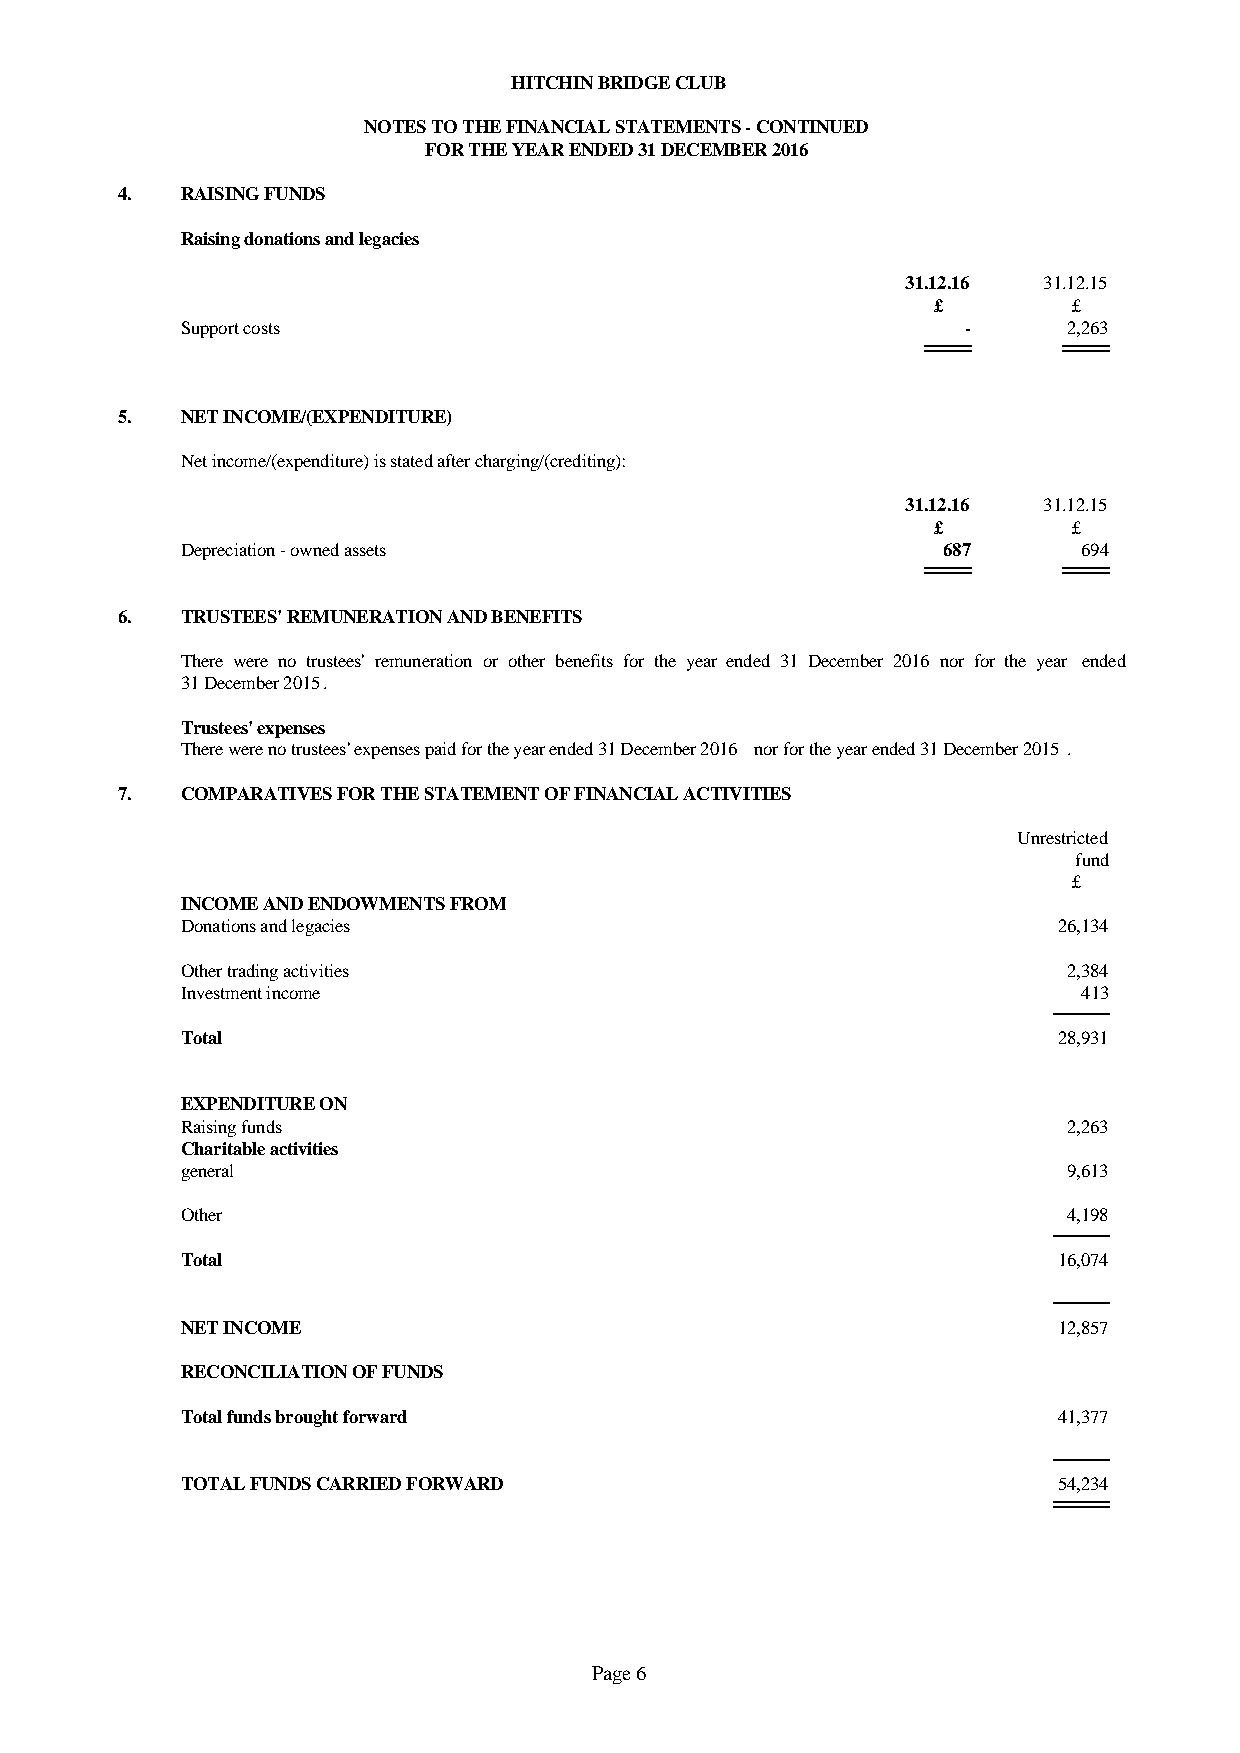
HITCHIN BRIDGE CLUB
 NOTES TO THE FINANCIAL STATEMENTS - CONTINUED
 FOR THE YEAR ENDED 31 DECEMBER 2016
 4.  RAISING FUNDS
 Raising donations and legacies
 31.12.16 31.12.15
 £        £
 Support costs                                       -      2,263
 5.  NET INCOME/(EXPENDITURE)
 Net income/(expenditure) is stated after charging/(crediting):
 31.12.16 31.12.15
 £        £
 Depreciation - owned assets                       687       694
 6.  TRUSTEES' REMUNERATION AND BENEFITS
 There were no trustees' remuneration or other benefits for the year ended 31 December 2016 nor for the year ended
 31 December 2015.
 Trustees' expenses
 There were no trustees' expenses paid for the year ended 31 December 2016 nor for the year ended 31 December 2015.
 7.  COMPARATIVES FOR THE STATEMENT OF FINANCIAL ACTIVITIES
 Unrestricted
 fund
 £
 INCOME AND ENDOWMENTS FROM
 Donations and legacies                                    26,134
 Other trading activities                                   2,384
 Investment income                                           413
 Total                                                     28,931
 EXPENDITURE ON
 Raising funds                                              2,263
 Charitable activities
 general                                                    9,613
 Other                                                      4,198
 Total                                                     16,074
 NET INCOME                                                12,857
 RECONCILIATION OF FUNDS
 Total funds brought forward                               41,377
 TOTAL FUNDS CARRIED FORWARD                               54,234
 Page 6